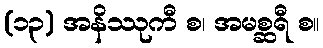
(၁၃) အနိဿုကီ စ၊ အမစ္ဆရီ စ။